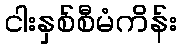
ငါးနှစ်စီမံကိန်း